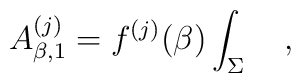
A_{\beta,1}^{(j)}=f^{(j)}(\beta)\int_{\Sigma}~~~,